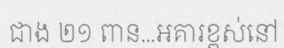
ជាង ២១ ពាន...អគារខ្ពស់នៅ